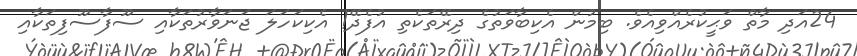
24އަދި މާތް ވަޙީކުރެއްވިއެވެ. ބިމުން އެކިބާވަތުގެ ދިރޭތަކެތި އުފެދޭ! އެކިކަހަލަ ޖަނަވާރުތަކާއި ސޫފާސޫފިތަކާއި